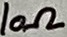
Text: 10Ω